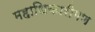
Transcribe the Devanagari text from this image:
महाधिकारीगण